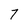
Character: 7